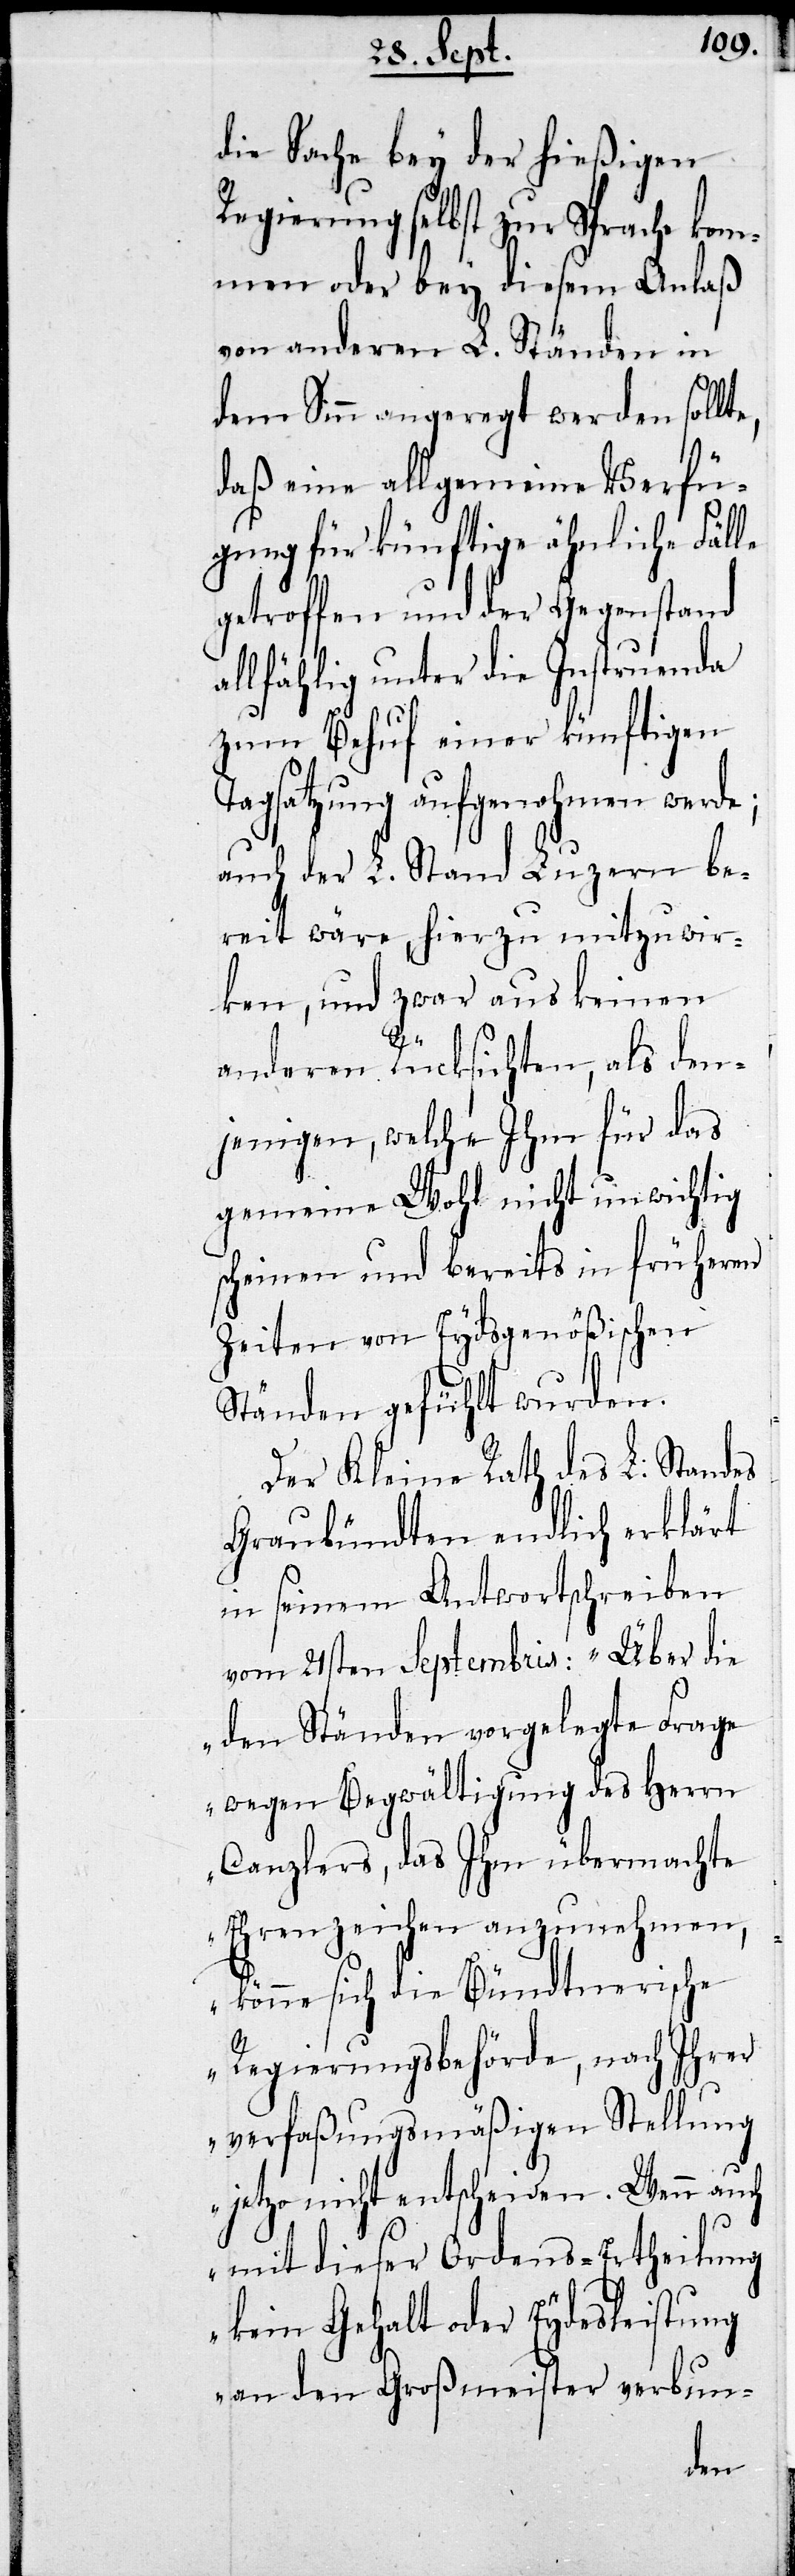
Regierung selbst zur Sprache ko¬
mmen oder bey diesem Anlaß
von anderen L. Ständen in
dem Sinn angeregt werden sollt¬
daß eine allgemeine Verfü¬
gung für künftige ähnliche Fälle
getroffen und der Gegenstand
allfählig unter die Instruenda
zum Behuf einer künftigen
Tagsatzung aufgenohmen werde;
auch der L. Stand Luzern be¬
reit wäre, hierzu mitzuwir¬
ken, und zwar aus keinen
anderen Rücksichten, als den¬
jenigen, welche Ihm für das
gemeine Wohl nicht unwichtig
scheinen und bereits in früheren
Zeiten von Eydsgenößischen
Ständen gefühlt wurden.
Der Kleine Rath des L. Standes
Graubündten endlich erklärt
in seinem Antwortschreiben
vom 21sten Septembris: „Über die
den Ständen vorgelegte Frage
wegen Begwältigung des Herrn
Canzlers, das ihm übermachte
Ehrenzeichen anzunehmen,
könne sich die Bündtnerische
Regierungsbehörde, nach Ihrer
verfaßungsmäßigen Stellung
jetzo nicht entscheiden. Wenn auch
mit dieser Ordens-Ertheilung
kein Gehalt der Eydesleistung
an den Großmeister verbun-
e,